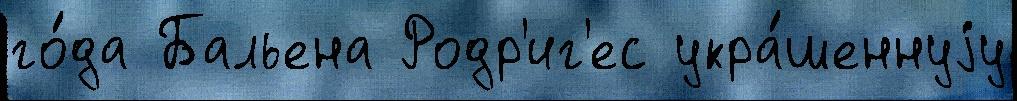
го́да Бальена Родр'иг'ес укра́шеннуjу